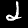
Label: 2